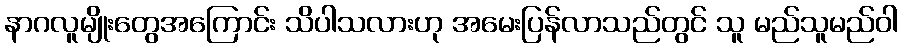
နာဂလူမျိုးတွေအကြောင်း သိပါသလားဟု အမေးပြန်လာသည်တွင် သူ မည်သူမည်ဝါ